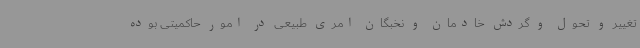
تغییر و تحول و گردش خادمان و نخبگان امری طبیعی در امور حاکمیتی بوده